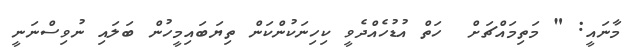
މާނައީ: " މަތިމައްޗަށް  ހަތް އުޑުހެއްދެވީ ކިހިނަކުންކަން ތިޔަބައިމީހުން ބަލައި ނުވިސްނަނީ